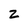
Character: Z